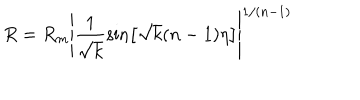
R = R _ { m } \left| \frac 1 { \sqrt { k } } \sin \left[ \sqrt { k } ( n - 1 ) \eta \right] \right| ^ { 1 / ( n - 1 ) }